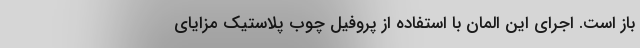
باز است. اجرای این المان با استفاده از پروفیل چوب پلاستیک مزایای